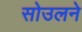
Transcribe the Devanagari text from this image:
सोउलने